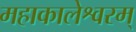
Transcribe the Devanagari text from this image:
महाकालेश्वरम्